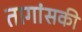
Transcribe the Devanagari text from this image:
तागांसकी